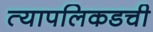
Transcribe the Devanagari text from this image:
त्यापलिकडची